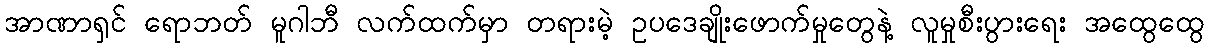
အာဏာရှင် ရောဘတ် မူဂါဘီ လက်ထက်မှာ တရားမဲ့ ဥပဒေချိုးဖောက်မှုတွေနဲ့ လူမှုစီးပွားရေး အထွေထွေ